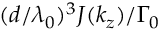
( d / \lambda _ { 0 } ) ^ { 3 } J ( k _ { z } ) / \Gamma _ { 0 }